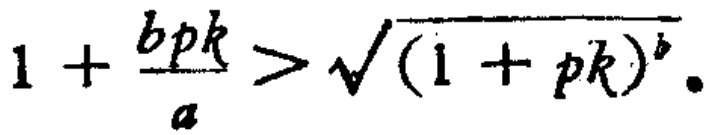
$1 + \frac{b p k}{a} > \sqrt{(1 + p k)^b}.$